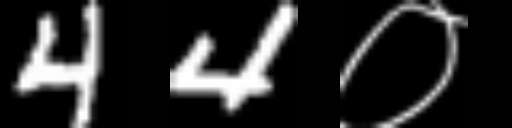
Text: 44०